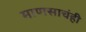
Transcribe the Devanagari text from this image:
माणसाचंही